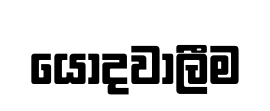
යොදවාලීම